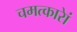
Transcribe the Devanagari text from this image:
चमत्कारेां